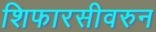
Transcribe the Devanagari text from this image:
शिफारसीवरुन